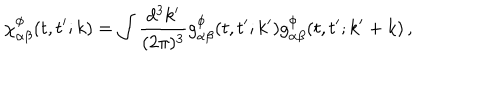
\chi _ { \alpha \beta } ^ { \phi } ( t , t ^ { \prime } ; k ) = \int \frac { d ^ { 3 } k ^ { \prime } } { ( 2 \pi ) ^ { 3 } } g _ { \alpha \beta } ^ { \phi } ( t , t ^ { \prime } ; k ^ { \prime } ) g _ { \alpha \beta } ^ { \phi } ( t , t ^ { \prime } ; k ^ { \prime } + k ) \, ,